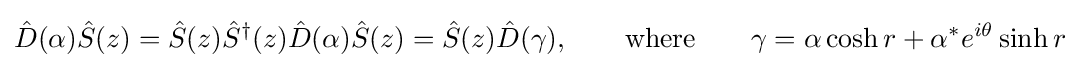
{\hat {D}}(\alpha ){\hat {S}}(z)={\hat {S}}(z){\hat {S}}^{\dagger }(z){\hat {D}}(\alpha ){\hat {S}}(z)={\hat {S}}(z){\hat {D}}(\gamma ),\qquad {\text{where}}\qquad \gamma =\alpha \cosh r+\alpha ^{*}e^{i\theta }\sinh r